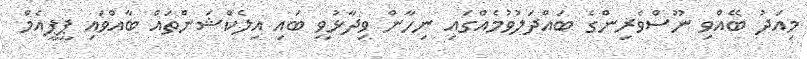
މިއަދު ބޭއްވި ނޫސްވެރިންގެ ބައްދަލުވުމެއްގައި ނިހާން ވިދާޅުވީ ބައި އިލެކްޝަންތައް ބާއްވައި ޕީޕީއެމް